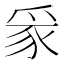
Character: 𪺏